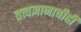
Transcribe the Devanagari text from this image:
तत्त्वज्ञानाचीही